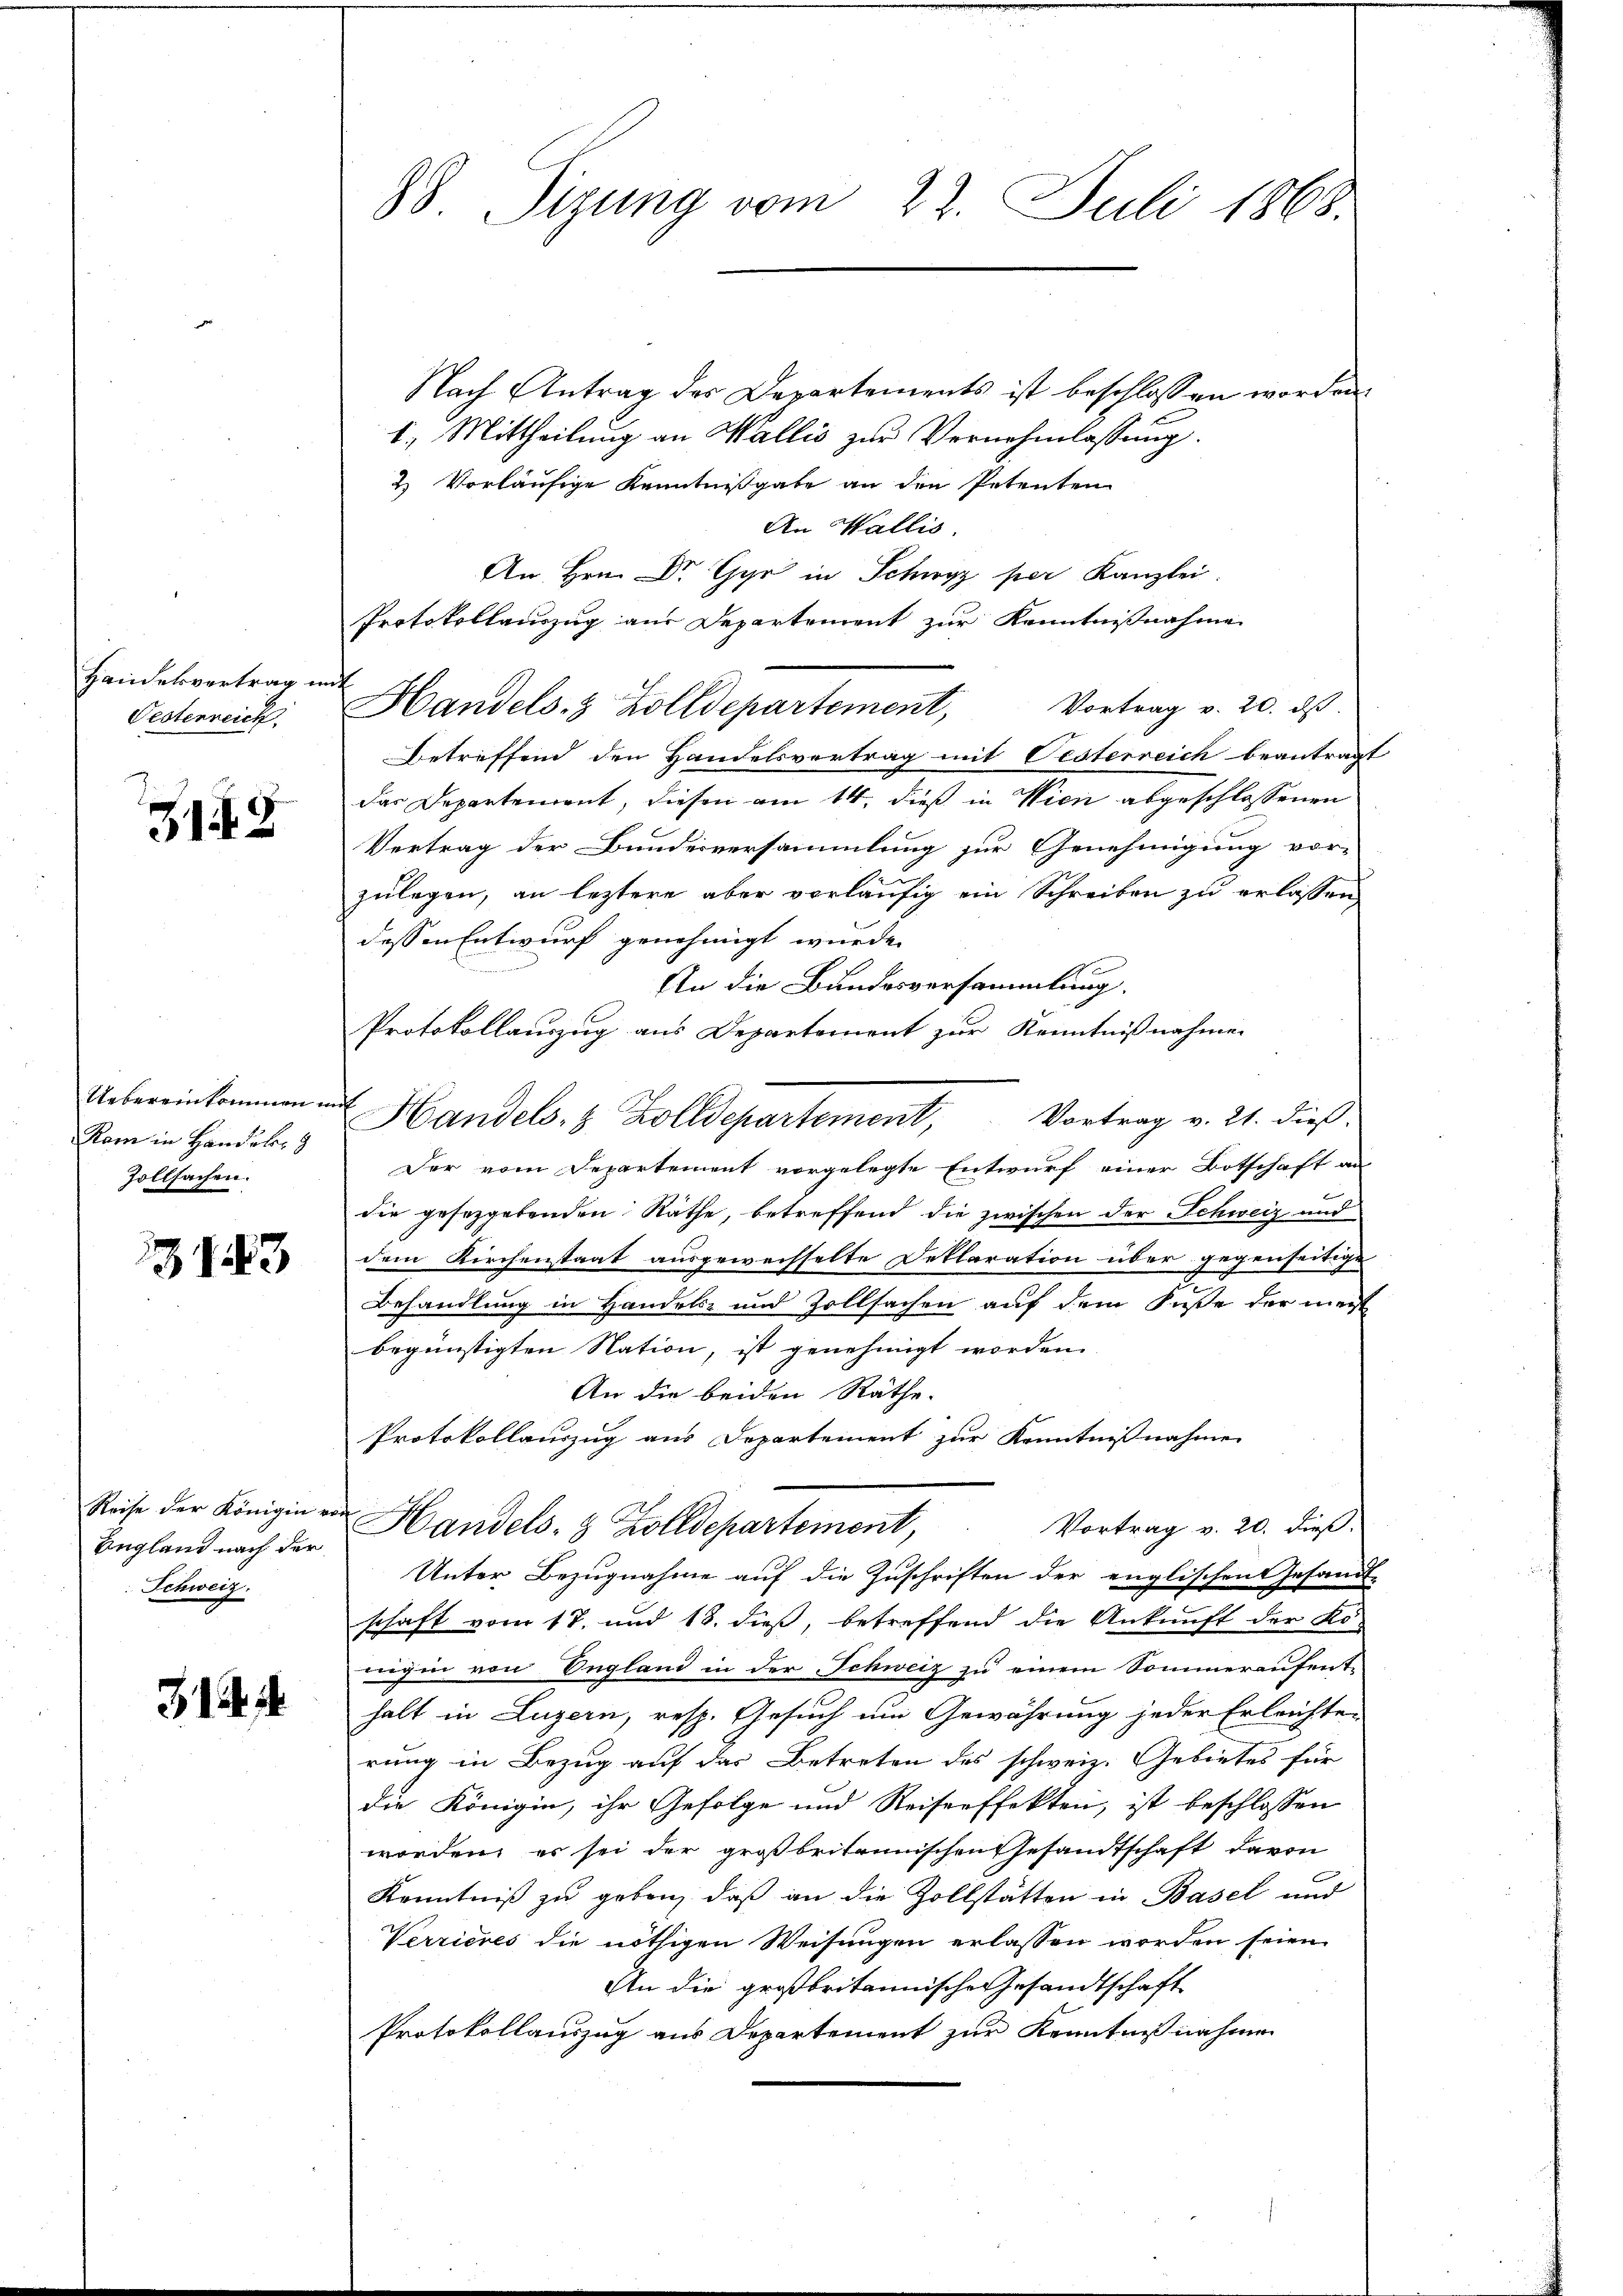
Handelsvertrag im
Oestenreich.

3.9.

Uebereinkommen.
Ram in Handels
Zollsachen.

143

Reise der Königin ei
England nach der
Schweiz.

314

88. Tigung vom 23. Juli 1868.

Nach Antrag des Departements ist beschlossen worden.
1. Mittheilung an Wallis zur Vernehmlassung.
2. Vorläufige Kenntnißgabe an den Petenten
An Wallis.
y in Schwyz per Kanzlei.
Protokollauszug aus Departement zur Kenntnißnahme
Handels- & Zolldepartement, Vortrag v. 20. ds.
Betreffend den Handelsvertrag mit Oesterreich beantragt
das Departement, diesen am 14. dieß in Wien abgeschlossenen
Vertrag der Bundesversammlung zur Genehmigung vor-
zulegen, an leztere aber vorläufig ein Schreiben zu erlassen
dessen Entwurf genehmigt wurde.
An die Bundesversammlung.
Protokollauszug aus Departement zur Kenntnißnahmen
Der vom Departement vorgelegte Entwurf einer Botschaft an
die gesezgebenden Räthe, betreffend die zwischen der Schweiz und
dem Kirchenstaat ausgewechselte Deklaration über gegenseitige
Behandlung in Handels- und Zollsachen auf dem Fuße der ment
begünstigten Nation, ist genehmigt worden.
An die beiden Räthe.
Protokollauszug aus Departement zur Kenntnisnahme
Vortrag v. 20. dieß.
Handels- & Zolldepartement,
Unter Bezugnahme auf die Zuschriften der englischen Gesandt-
schaft vom 17. und 18. dieß, betreffend die Ankunft der Kö-
gin von England in der Schweiz zu einem Sommeraufent
halt in Luzern, resp. Gesuch um Gewährung jeder Erleichten
rung in Bezug auf das Betreten des schweiz. Gebietes für
die Königin, ihr Gefolge und Reiserffekten, ist beschlossen
worden, es sei der großbritannischen Gesandtschaft davon
Kenntniß zu geben, daß an die Zollstätten in Basel und
Verrieres die nöthigen Weisungen erlassen worden seien
An die großbritannische Gesandtschaft
Protokollauszug aus Departement zur Kenntnißnahmen

Handels- & Zolldepartement, Vortrag v. 21. dieß